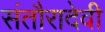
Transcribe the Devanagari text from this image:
संतौरादेवी